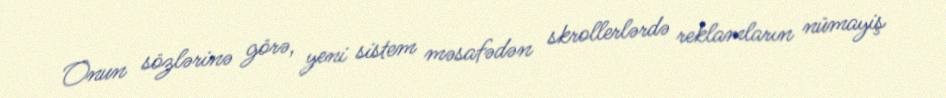
Onun sözlərinə görə, yeni sistem məsafədən skrollerlərdə reklamların nümayiş